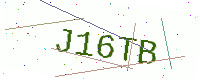
Text: J16TB